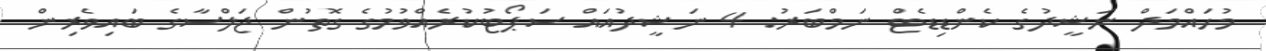
މުހައްމަދް ނަޝީދުގެ ކެންޑިޑެޓް ނަމްބަރު: 4 ނަޝީދުއައް ސަޕޯޓުކުރެއްވުމުގެ ގޮތުން ޖަލްސާގެ ބައިވެރިން